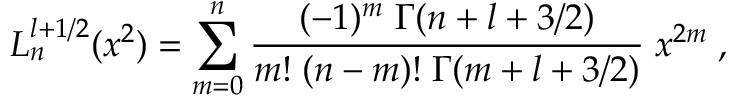
L _ { n } ^ { l + 1 / 2 } ( x ^ { 2 } ) = \sum _ { m = 0 } ^ { n } \frac { ( - 1 ) ^ { m } \; \Gamma ( n + l + 3 / 2 ) } { m ! \; ( n - m ) ! \; \Gamma ( m + l + 3 / 2 ) } \; x ^ { 2 m } \; ,